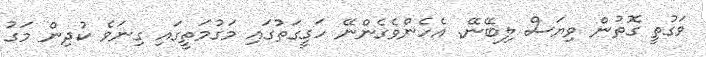
ވަގުތީ ގޮތުން ވިޔަސް ލިބޭނޭ